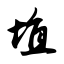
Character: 埴